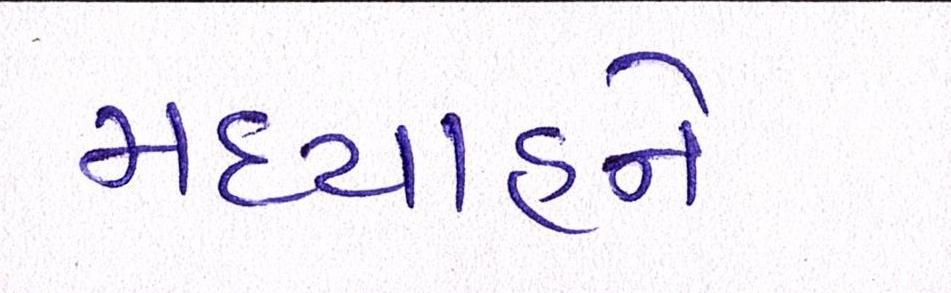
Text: મધ્યાહ્ને